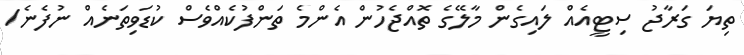
ތިޔަ ގަރާޖު ސިޓީއެއް ލައިގެން މާލޭގެ ތޮއްޖެހުން އެންމެ ތަންފުކެއްވެސް ކުޑަވިތަނެއް ނުފެނެ/